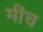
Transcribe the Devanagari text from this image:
मींच